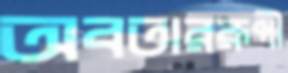
অবতাররূপী